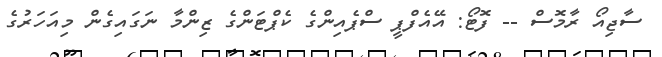
ސާޖިއޯ ރާމޮސް -- ފޮޓޯ: އޭއެފްޕީ ސްޕެއިންގެ ކެޕްޓަންގެ ޒިންމާ ނަގައިގެން މިއަހަރުގެ